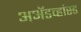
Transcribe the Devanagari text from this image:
अॲडव्हांस्ड